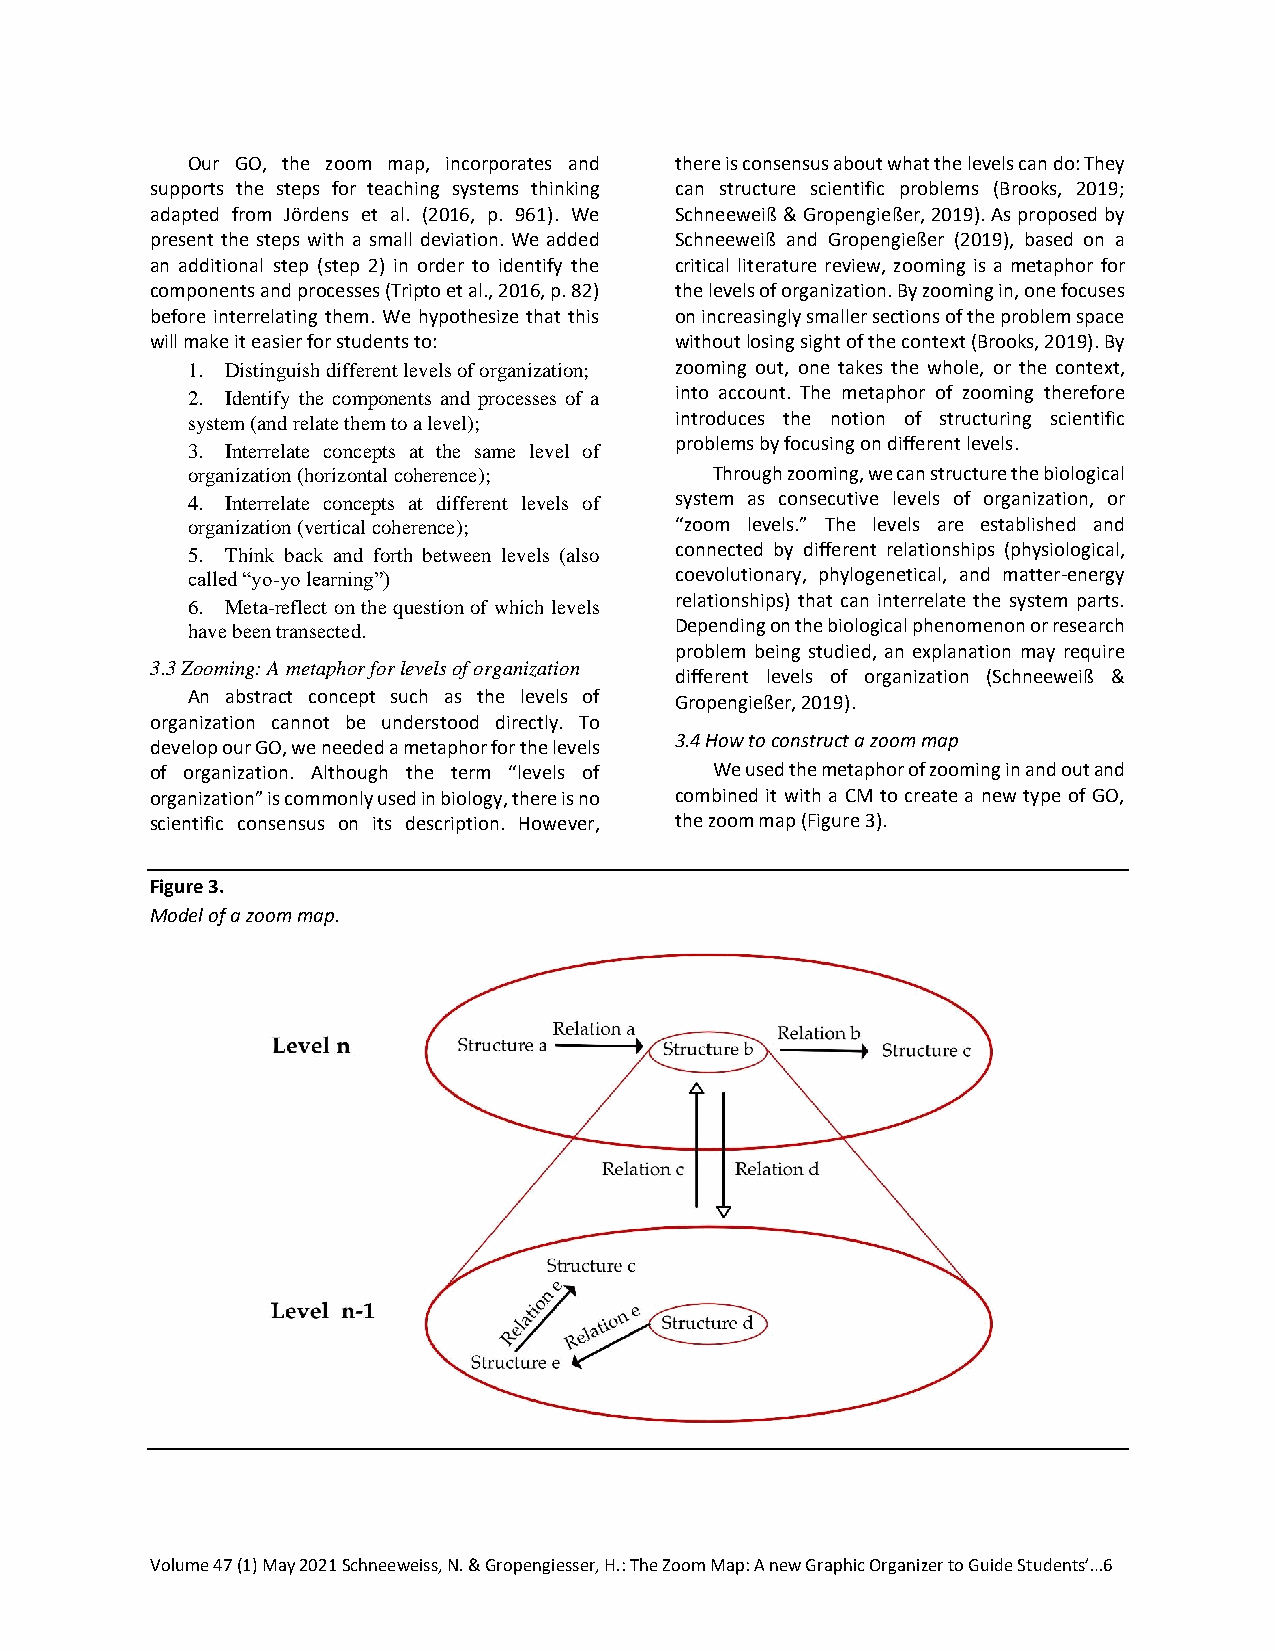
Our GO, the zoom map, incorporates and there is consensus about what the levels can do: They
 supports the steps for teaching systems thinking can structure scientific problems (Brooks, 2019;
 adapted from Jördens et al. (2016, p. 961). We Schneeweiß & Gropengießer, 2019). As proposed by
 present the steps with a small deviation. We added Schneeweiß and Gropengießer (2019), based on a
 an additional step (step 2) in order to identify the critical literature review, zooming is a metaphor for
 components and processes (Tripto et al., 2016, p. 82) the levels of organization. By zooming in, one focuses
 before interrelating them. We hypothesize that this on increasingly smaller sections of the problem space
 will make it easier for students to: without losing sight of the context (Brooks, 2019). By
 1. Distinguish different levels of organization; zooming out, one takes the whole, or the context,
 2. Identify the components and processes of a into account. The metaphor of zooming therefore
 system (and relate them to a level); introduces the notion of structuring scientific
 problems by focusing on different levels.
 3. Interrelate concepts at the same level of
 organization (horizontal coherence); Through zooming, we can structure the biological
 4. Interrelate concepts at different levels of system as consecutive levels of organization, or
 organization (vertical coherence); “zoom levels.” The levels are established and
 5. Think back and forth between levels (also connected by different relationships (physiological,
 called “yo-yo learning”)         coevolutionary, phylogenetical, and matter-energy
 6. Meta-reflect on the question of which levels
 relationships) that can interrelate the system parts.
 have been transected.            Depending on the biological phenomenon or research
 problem being studied, an explanation may require
 3.3 Zooming: A metaphor for levels of organization
 different levels of organization (Schneeweiß &
 An abstract concept such as the levels of Gropengießer, 2019).
 organization cannot be understood directly. To
 3.4 How to construct a zoom map
 develop our GO, we needed a metaphor for the levels
 of organization. Although the term “levels of We used the metaphor of zooming in and out and
 organization” is commonly used in biology, there is no combined it with a CM to create a new type of GO,
 scientific consensus on its description. However, the zoom map (Figure 3).
 Figure 3.
 Model of a zoom map.
 Volume 47 (1) May 2021 Schneeweiss, N. & Gropengiesser, H.: The Zoom Map: A new Graphic Organizer to Guide Students’…6